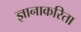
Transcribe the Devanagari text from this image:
ज्ञानाकरिता